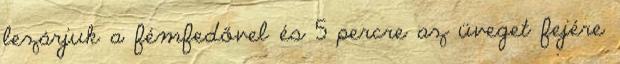
lezárjuk a fémfedővel és 5 percre az üveget fejére